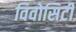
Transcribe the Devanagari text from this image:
विवोसिटी